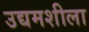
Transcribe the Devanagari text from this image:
उद्यमशीला